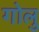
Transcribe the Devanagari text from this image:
गोलु